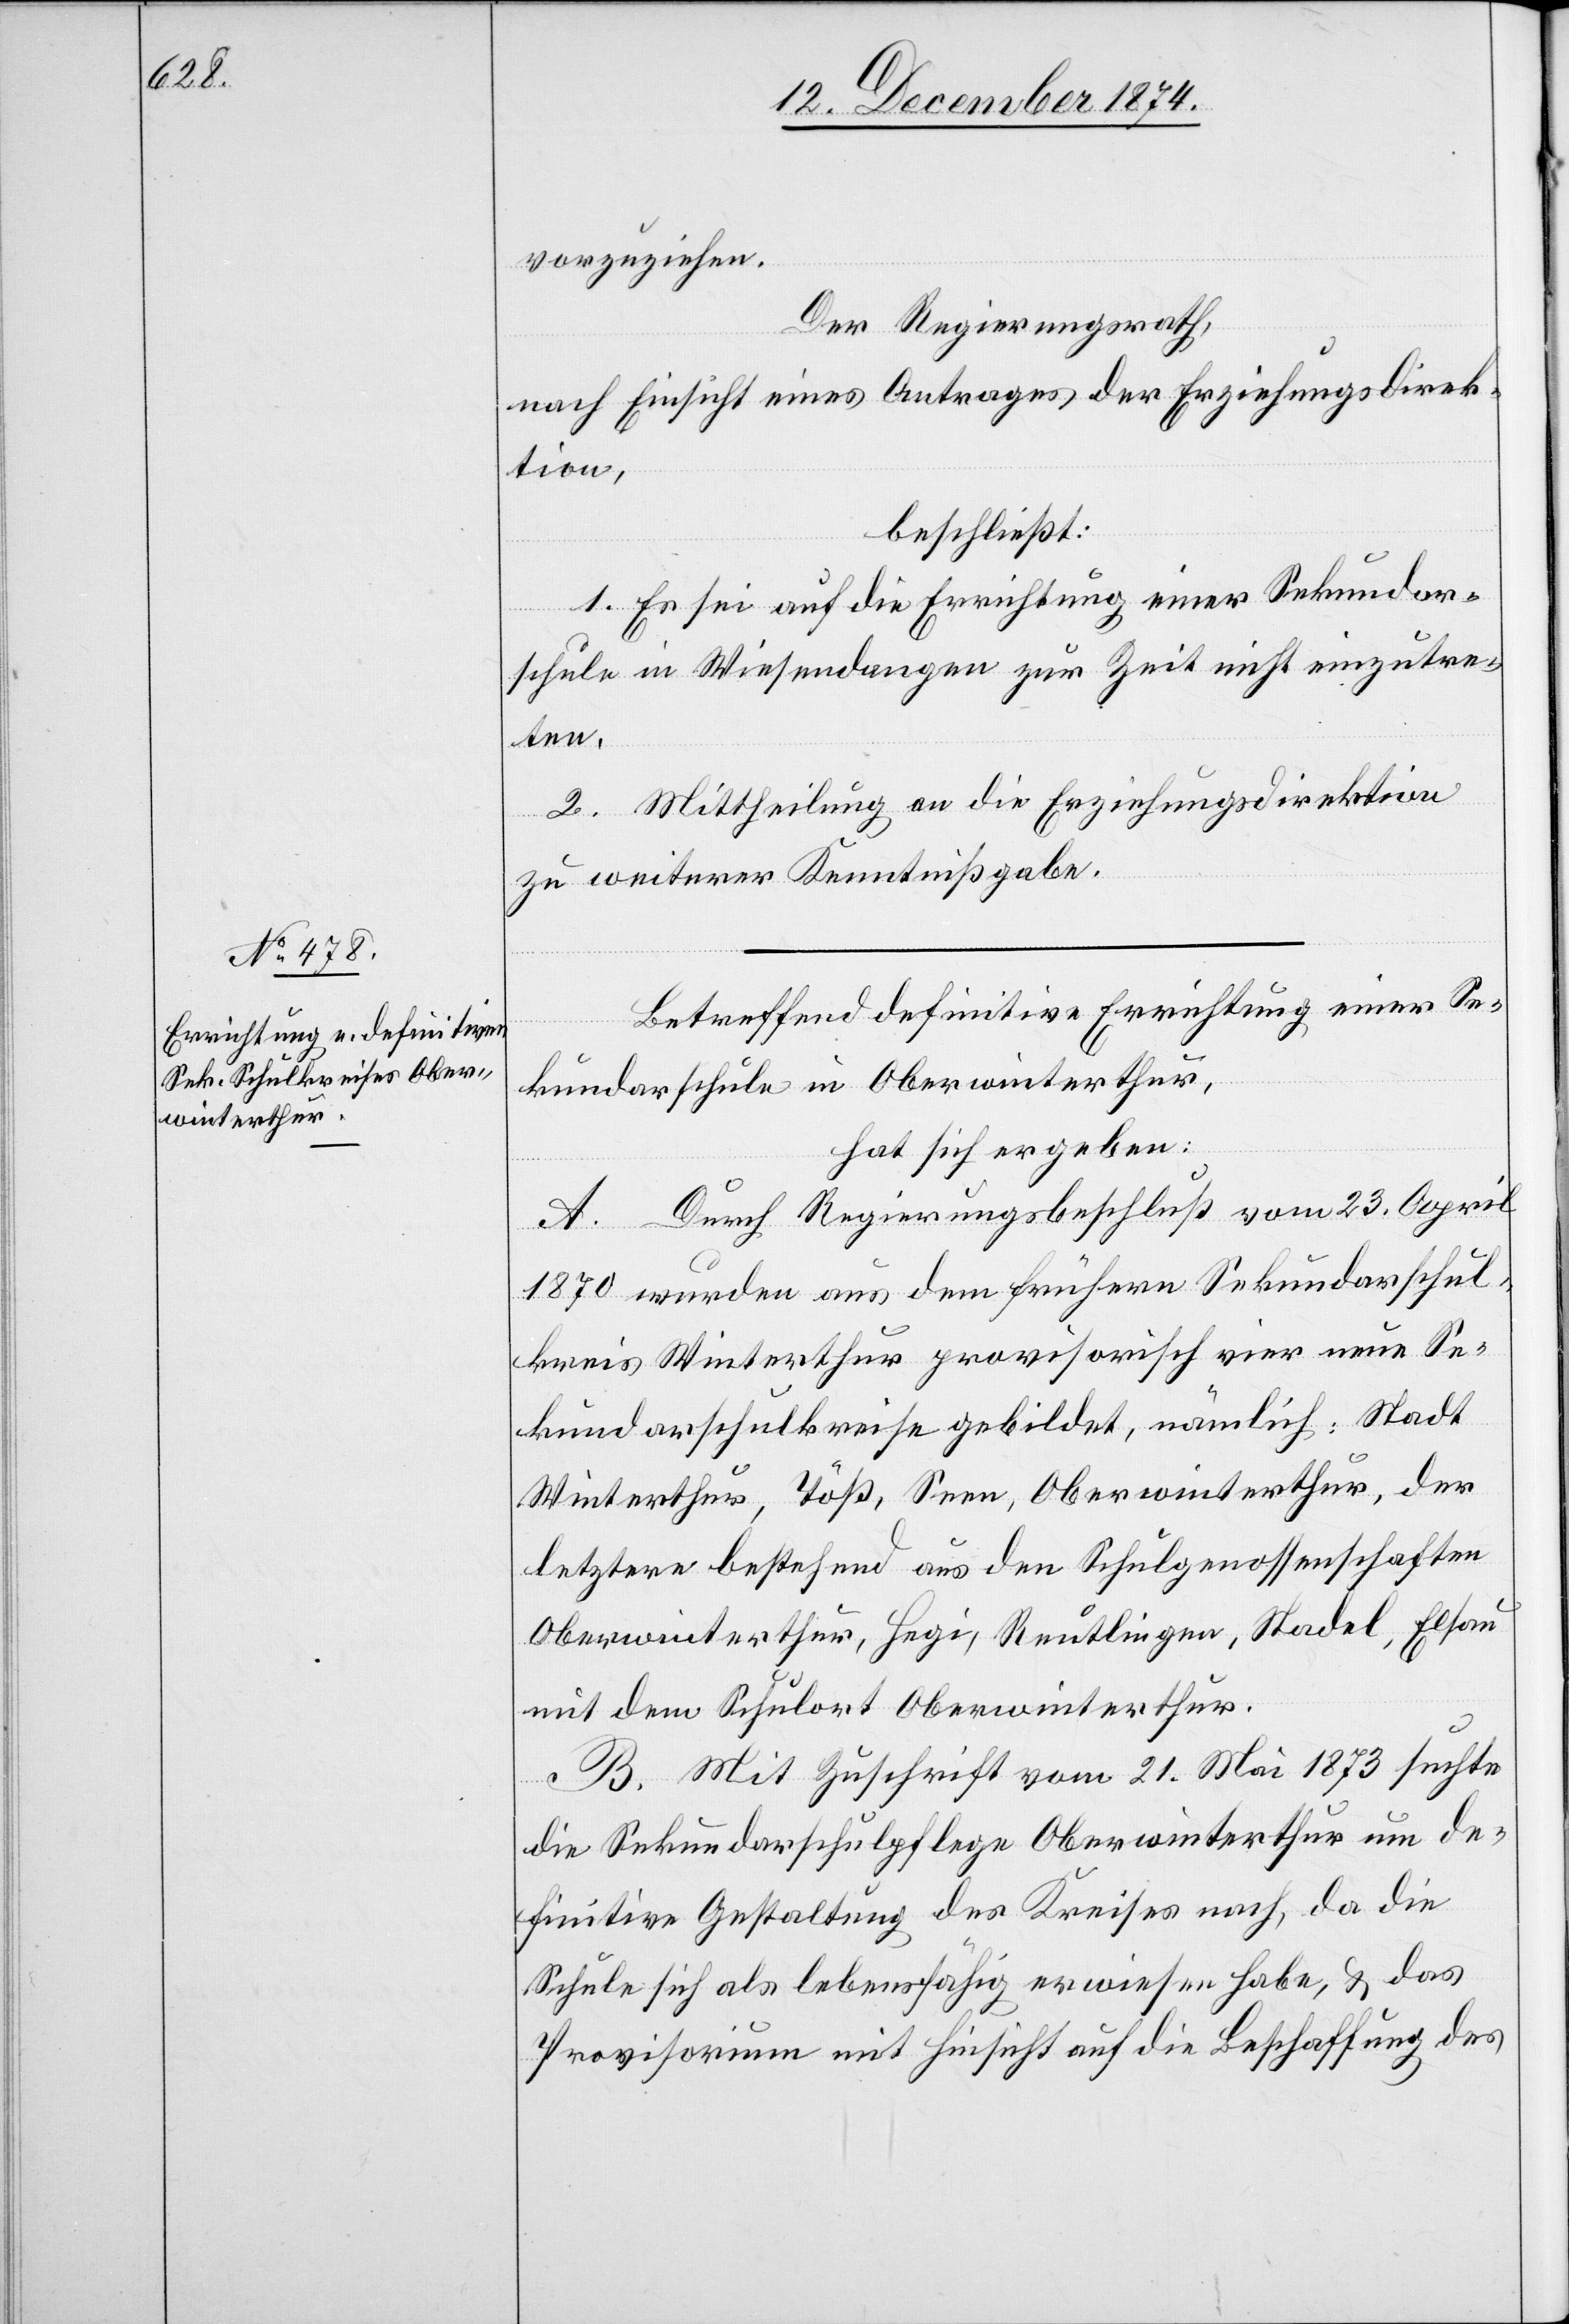
vorzuziehen.
Der Regierungsrath,
nach Einsicht eines Antrages der Erziehungsdirek¬
tion,
beschließt:
1. Es sei auf die Errichtung einer Sekundar¬
schule in Wiesendangen zur Zeit nicht einzutre¬
ten.
2. Mittheilung an die Erziehungsdirektion
zu weiterer Kenntnißgabe.
Betreffend definitive Errichtung einer Se¬
kundarschule in Oberwinterthur,
hat sich ergeben:
A. Durch Regierungsbeschluß vom 23. April
1870 wurden aus dem frühern Sekundarschul¬
kreis Winterthur provisorisch vier neue Se¬
kundarschulkreise gebildet, nämlich: Stadt
Winterthur, Töß, Seen, Oberwinterthur, der
letztere bestehend aus den Schulgenossenschaften
Oberwinterthur, Hegi, Reutlingen, Stadel, Elsau
mit dem Schulort Oberwinterthur.
B. Mit Zuschrift vom 21. Mai 1873 suchte
die Sekundarschulpflege Oberwinterthur um de¬
finitive Gestaltung des Kreises nach, da die
Schule sich als lebensfähig erwiesen habe, & das
Provisorium mit Hinsicht auf die Beschaffung des